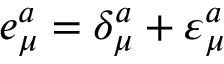
e _ { \mu } ^ { a } = \delta _ { \mu } ^ { a } + \varepsilon _ { \mu } ^ { a }